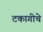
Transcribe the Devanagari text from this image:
टकागीचे